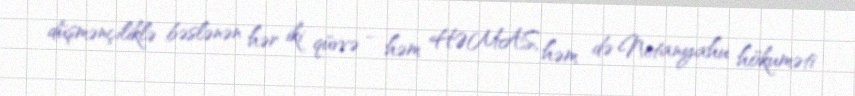
düşmənçiliklə bəslənən hər iki qüvvə - həm HƏMAS, həm də Netanyahu hökuməti